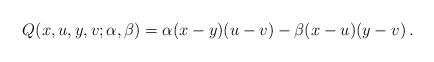
LaTeX: \begin{align*}Q(x,u,y,v;\alpha,\beta)=\alpha(x-y)(u-v)-\beta(x-u)(y-v)\,.\end{align*}